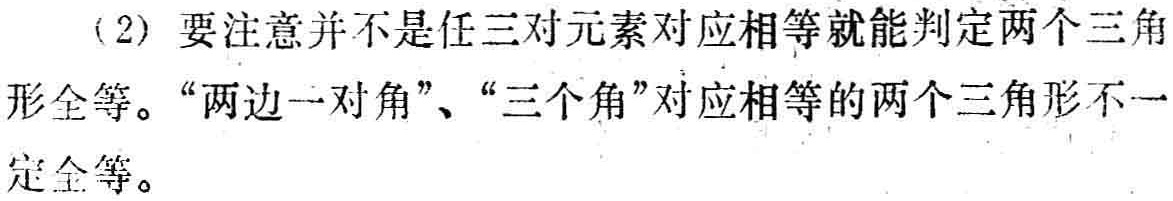
(2) 要注意并不是任三对元素对应相等就能判定两个三角形全等。“两边一对角”、“三个角”对应相等的两个三角形不一定全等。